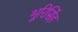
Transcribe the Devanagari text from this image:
भूरिसिंह